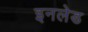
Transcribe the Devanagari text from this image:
इनलेड